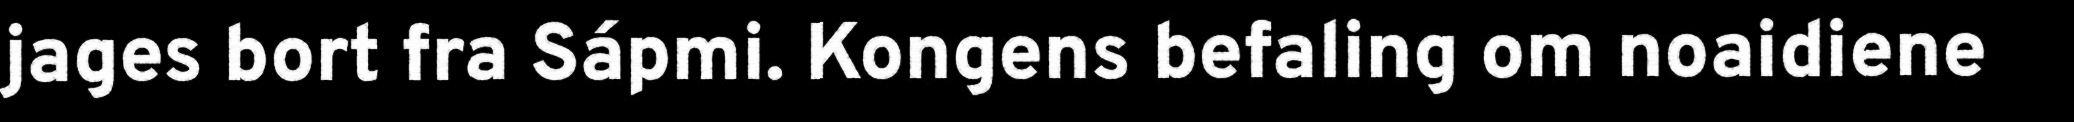
jages bort fra Sápmi. Kongens befaling om noaidiene